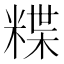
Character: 𥻈